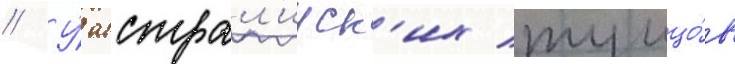
// У́ австрал'ииск'их тунцо́в